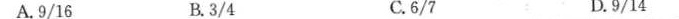
A.9/16 B.3/4 C.6/7 D.9/14